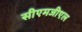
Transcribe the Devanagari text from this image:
सीएमजीएल